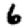
Digit: 6